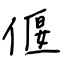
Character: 偃